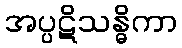
အပ္ပဋိသန္ဓိကာ